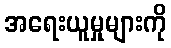
အရေးယူမှုများကို